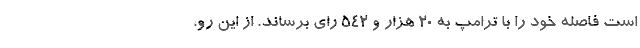
است فاصله خود را با ترامپ به ۲۰ هزار و ۵۴۲ رای برساند. از این رو،